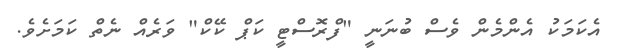
އެކަމަކު އެންމެން ވެސް ބުނަނީ "ފްރޮސްޓީ ކަޕް ކޭކް" ވަރެއް ނެތް ކަމަށެވެ.